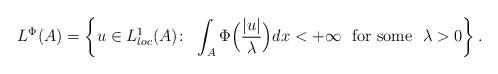
LaTeX: \begin{align*}L^{\Phi}(A) = \left\{ u \in L_{loc}^{1}(A) \colon \ \int_{A} \Phi\Big(\frac{|u|}{\lambda}\Big)dx < + \infty \ \ \mbox{for some}\ \ \lambda >0 \right\}.\end{align*}